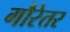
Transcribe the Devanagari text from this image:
गौरेतर